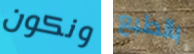
ونكون بالطبع